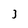
Character: 3